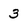
Character: 3